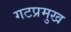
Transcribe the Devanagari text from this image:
गटप्रमुख